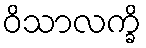
ဝိသာလက္ခိ